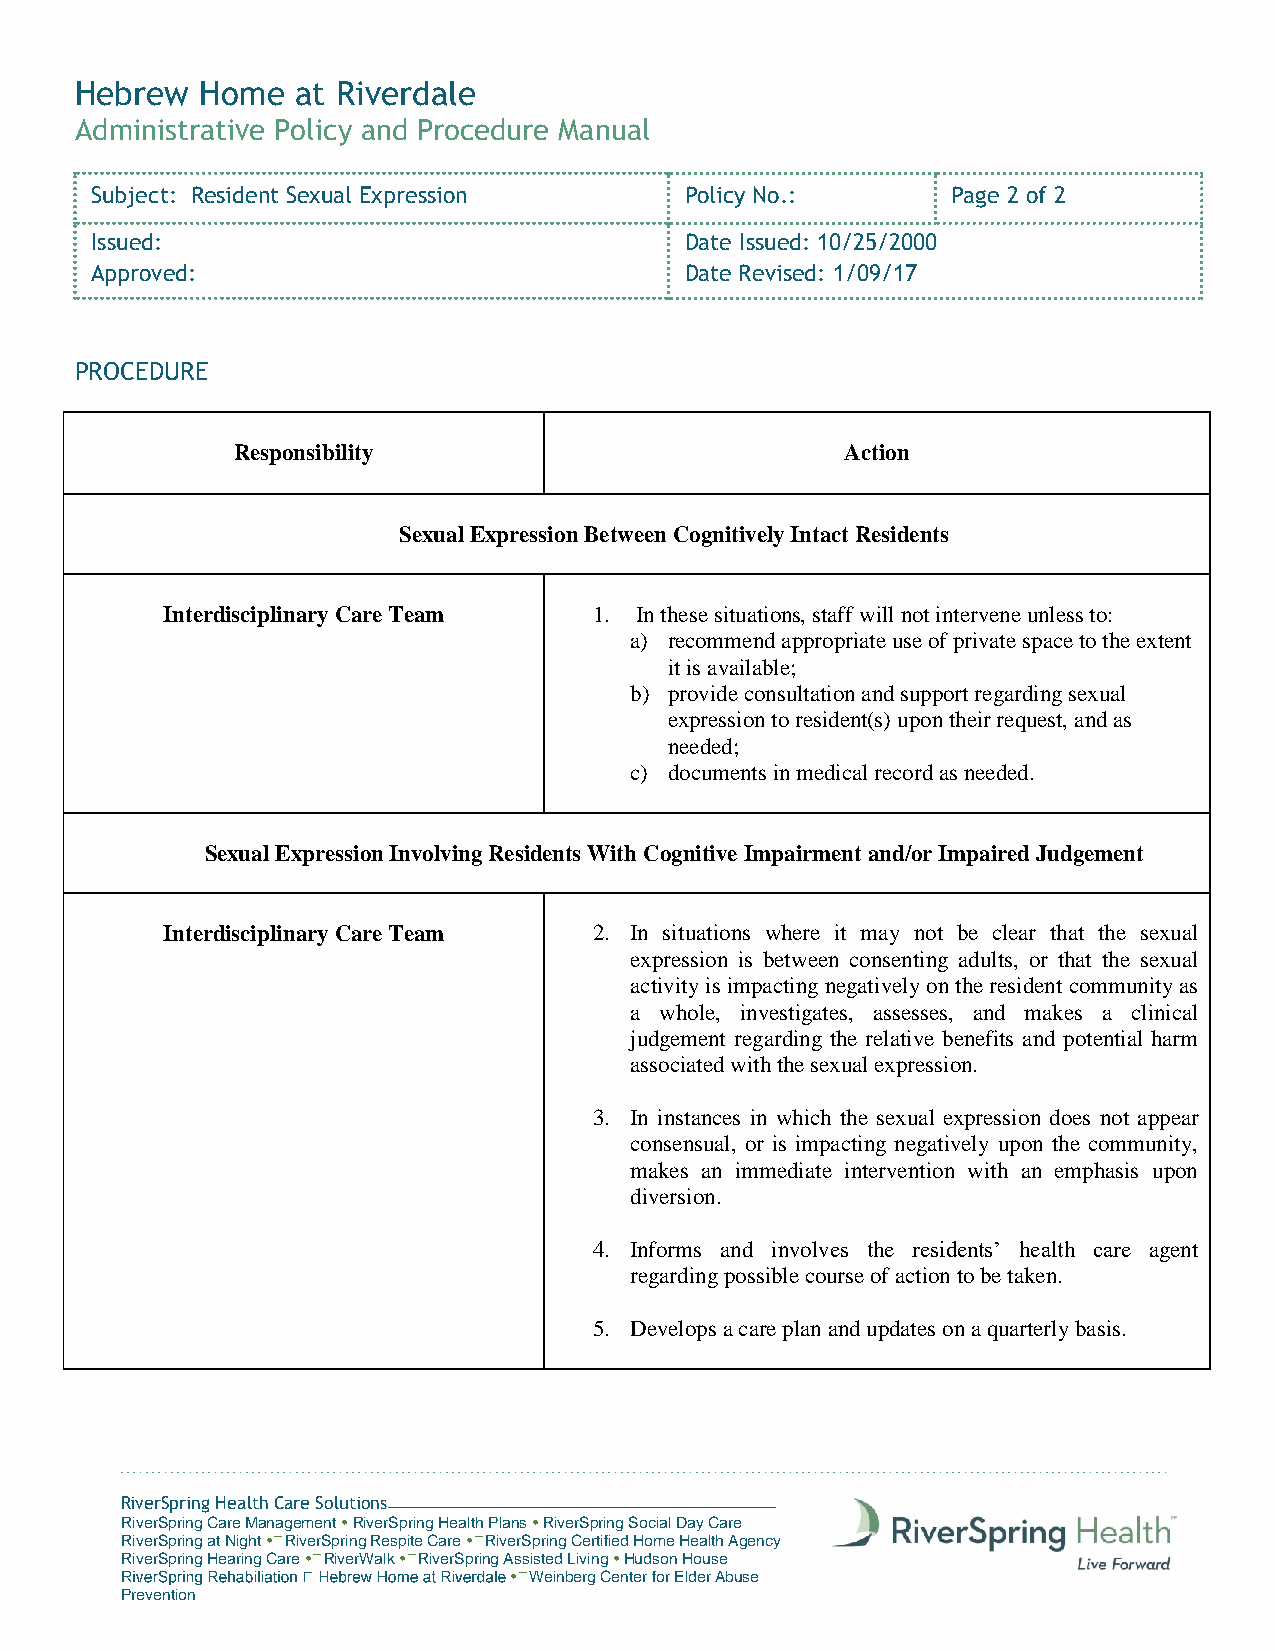
Hebrew  Home   at Riverdale
 Administrative Policy and Procedure Manual
 Subject: Resident Sexual Expression    Policy No.:       Page 2 of 2
 Issued:                                Date Issued: 10/25/2000
 Approved:                              Date Revised: 1/09/17
 PROCEDURE
 Responsibility                          Action
 Sexual Expression Between Cognitively Intact Residents
 Interdisciplinary Care Team 1. In these situations, staff will not intervene unless to:
 a) recommend appropriate use of private space to the extent
 it is available;
 b) provide consultation and support regarding sexual
 expression to resident(s) upon their request, and as
 needed;
 c) documents in medical record as needed.
 Sexual Expression Involving Residents With Cognitive Impairment and/or Impaired Judgement
 Interdisciplinary Care Team 2. In situations where it may not be clear that the sexual
 expression is between consenting adults, or that the sexual
 activity is impacting negatively on the resident community as
 a whole, investigates, assesses, and makes a clinical
 judgement regarding the relative benefits and potential harm
 associated with the sexual expression.
 3. In instances in which the sexual expression does not appear
 consensual, or is impacting negatively upon the community,
 makes an immediate intervention with an emphasis upon
 diversion.
 4. Informs and involves the residents’ health care agent
 regarding possible course of action to be taken.
 5. Develops a care plan and updates on a quarterly basis.
 RiverSpring Health Care Solutions
 RiverSpring Care Management  RiverSpring Health Plans  RiverSpring Social Day Care
 RiverSpring at Night  RiverSpring Respite Care  RiverSpring Certified Home Health Agency
 RiverSpring Hearing Care  RiverWalk  RiverSpring Assisted Living  Hudson House
  Weinberg Center for Elder Abuse
 Prevention